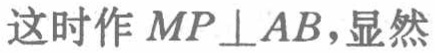
这时作 \(MP\perp AB\)，显然